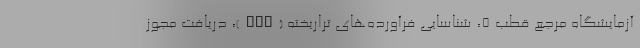
آزمایشگاه مرجع قطب ۵، شناسایی فرآورده‌های تراریخته (GMO)، دریافت مجوز